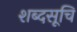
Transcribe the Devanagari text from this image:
शब्दसूचि